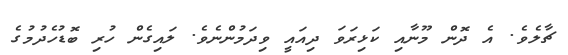
ޗާލެވެ. އެ ދޮން މޫނާއި ކަޅިރަވަ ދިއައީ ވިދަމުންނެވެ. ލައިގެން ހުރި ބޮޑުހެދުމުގެ